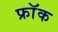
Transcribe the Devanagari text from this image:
फ्राॅक